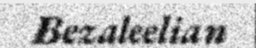
Bezaleelian